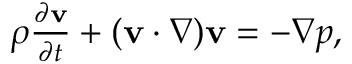
\begin{array} { r } { \rho \frac { \partial \mathbf { v } } { \partial t } + ( \mathbf { v } \cdot \nabla ) \mathbf { v } = - \nabla p , } \end{array}